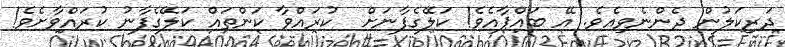
ދަރިކަލުން ދެންނެވިއެވެ. އޭ ބައްޕާއެވެ! ކަލޭގެފާނަށް  ކުރައްވާ ކަންތައް ކަލޭގެފާނު ކުރައްވާށެވެ!